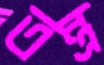
তন্ত্র